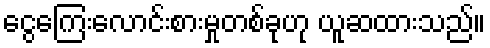
ငွေကြေးလောင်းစားမှုတစ်ခုဟု ယူဆထားသည်။